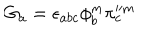
G _ { a } = \epsilon _ { a b c } \phi _ { b } ^ { m } \pi _ { c } ^ { \prime \prime m }